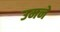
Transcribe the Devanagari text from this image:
उमने